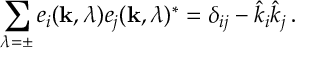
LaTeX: \sum _ { \lambda = \pm } e _ { i } ( { \bf k } , \lambda ) e _ { j } ( { \bf k } , \lambda ) ^ { \ast } = \delta _ { i j } - \hat { k } _ { i } \hat { k } _ { j } \, .